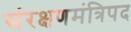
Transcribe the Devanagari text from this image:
संरक्षणमंत्रिपद